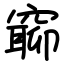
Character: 窷